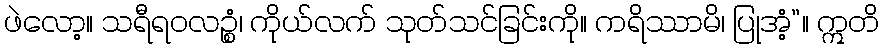
ဖဲလော့။ သရီရဝလဉ္စံ၊ ကိုယ်လက် သုတ်သင်ခြင်းကို။ ကရိဿာမိ၊ ပြုအံ့”။ ဣတိ